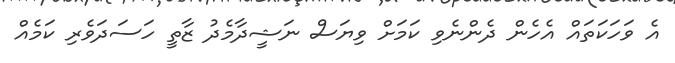
އެ ވަހަކަތައް އެހެން ދެންނެވި ކަމަށް ވިޔަސް ނަޝީދާމެދު ޒާތީ ހަސަދަވެރި ކަމެއް